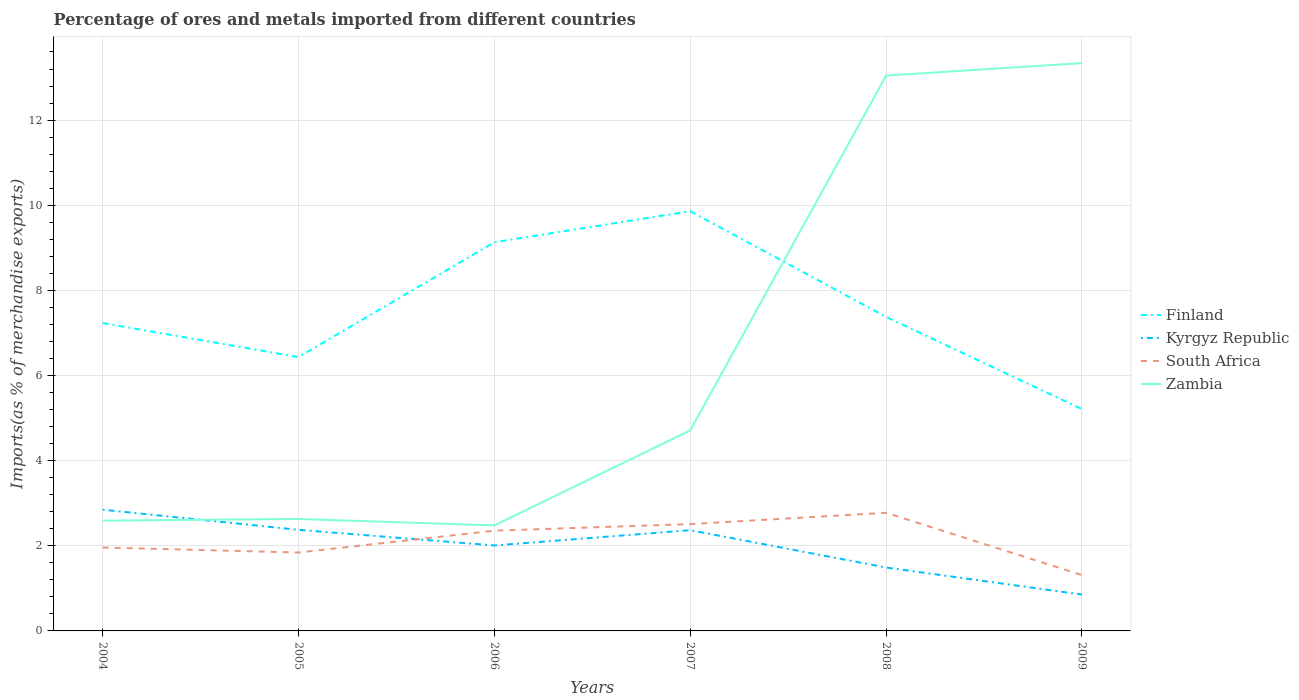
| Years | Finland | Kyrgyz Republic | South Africa | Zambia |
 | --- | --- | --- | --- | --- |
 | 2004 | 7.23 | 2.85 | 1.96 | 2.59 |
 | 2005 | 6.43 | 2.37 | 1.84 | 2.63 |
 | 2006 | 9.13 | 2.01 | 2.35 | 2.48 |
 | 2007 | 9.86 | 2.37 | 2.51 | 4.71 |
 | 2008 | 7.38 | 1.49 | 2.78 | 13 |
 | 2009 | 5.21 | 0.854 | 1.31 | 13.3 |